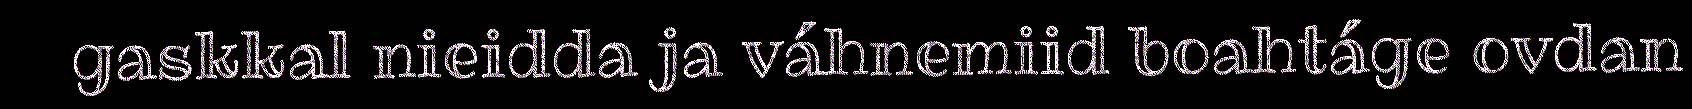
gaskkal nieidda ja váhnemiid boahtáge ovdan